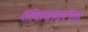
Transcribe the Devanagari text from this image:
शांकवांवरील